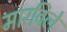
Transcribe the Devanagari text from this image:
मारविले